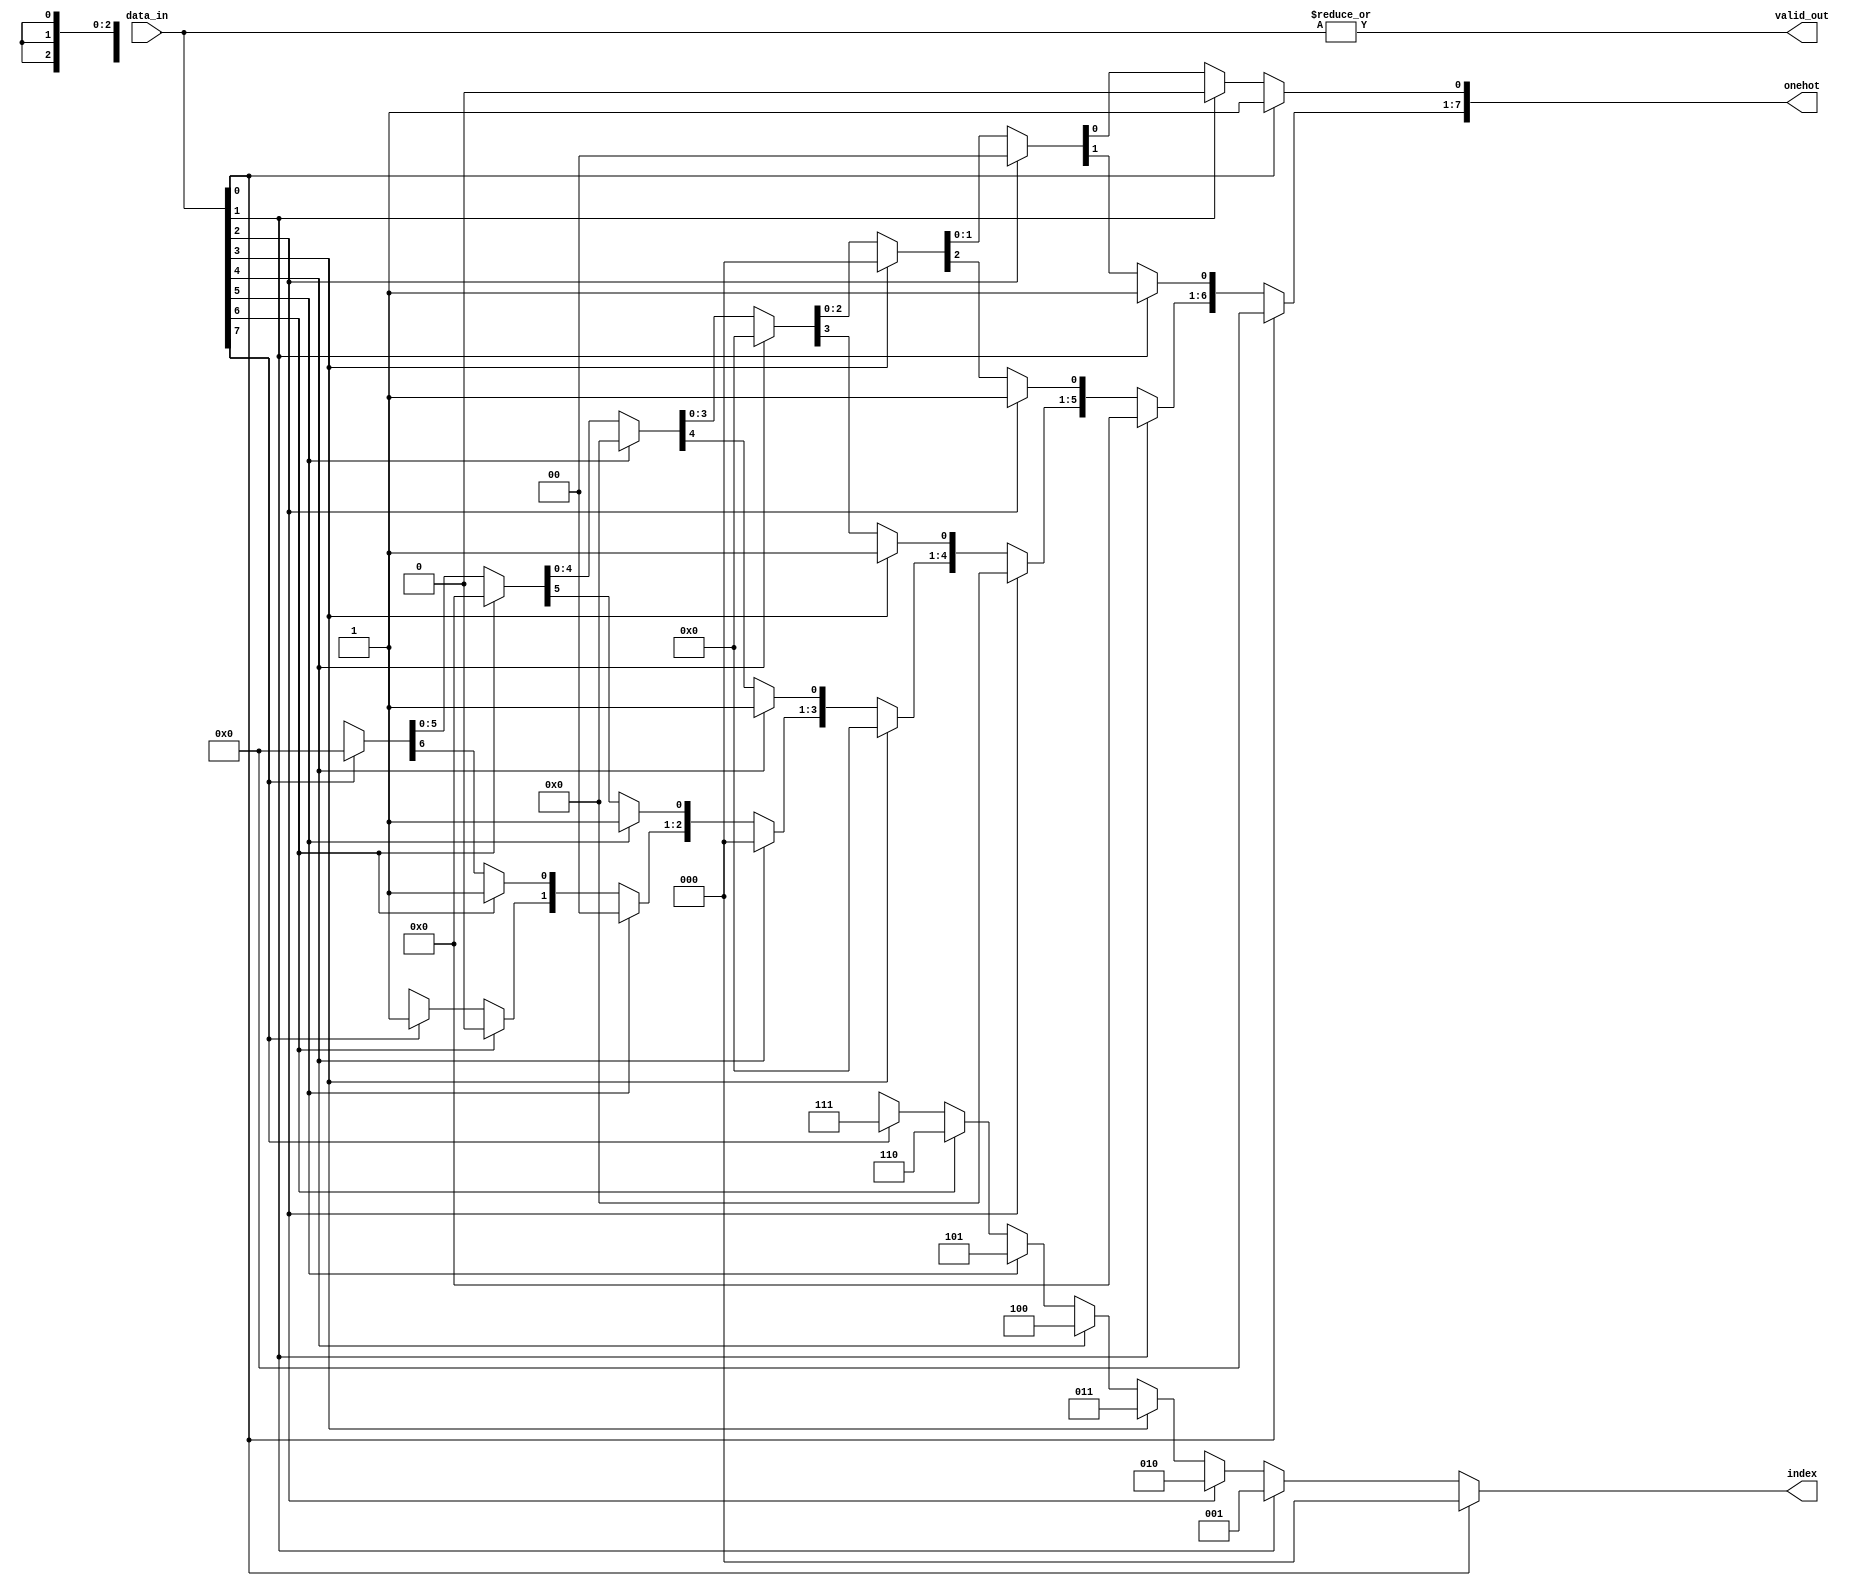
module RV_priority_encoder#(

    parameter N       = 8,
    parameter REVERSE = 0,
    parameter MODEL   = 2, 
    parameter LN      =  (((N) > 1) ? $clog2(N) : 1) 

)(
    
    input  wire [N-1 : 0]  data_in, 
    output wire [N-1 : 0]  onehot,
    output wire [LN-1 : 0] index,
    output wire            valid_out
    
);

    integer j;
    genvar  i;
    
    wire [N-1 : 0] reversed;
    
    generate
    
        if(REVERSE)
        begin
            
            for ( i = 0; i < N; i =i+1)
            begin
           
                assign reversed[N-i-1] = data_in[i];
           
            end 
        
        end
        else begin
        
            assign reversed = data_in;
        
        end
        
        if(N == 1)
        begin
        
            assign onehot    = reversed;
            assign index     = 0;
            assign valid_out = reversed;
        
        end
        else if(N == 2)
        begin
        
           assign onehot    = {~reversed[0], reversed[0]};
           assign index     = ~reversed[0];
           assign valid_out = (| reversed);
        
        end
        else if(MODEL == 1)
        begin
        
            wire [N-1 : 0] scan_lo;
            RV_scan #(
            
                .N  (N),
                .OP (2)
                
            ) scan (
            
                .data_in  (reversed), // Input data to scan
                .data_out (scan_lo)   // Output of the scan
            
            );
            
            RV_lzc #(
            
                .N (N)
                
            ) lzc (
            
                .in_i   (reversed),    // Input data to count leading zeroes for
                .cnt_o  (index),       // Output of the leading zeroes count
                .valid_o() 
            
            );
            
            assign onehot    = scan_lo & {(~scan_lo[N-2:0]), 1'b1};
            assign valid_out = scan_lo[N-1];
        
        end
        else begin
        
            reg [LN-1 : 0] index_r;
            reg [N-1 : 0]  onehot_r;
            
            always@(*)
            begin
            
                index_r  = {LN{1'bx}}; 
                onehot_r = {N{1'bx}};
                   
                for(j = N-1 ; j >= 0 ; j = j-1)
                begin
               
                    if(reversed[j])
                    begin
                    
                        index_r     = j[LN-1 : 0];
                        onehot_r    = 0;
                        onehot_r[j] = 1'b1;
                    
                    end
               
                end
            
            end
            
            assign index     = index_r;
            assign onehot    = onehot_r;
            assign valid_out = (| reversed); 
        
        end
    
    endgenerate

endmodule